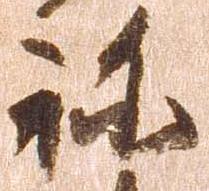
祢